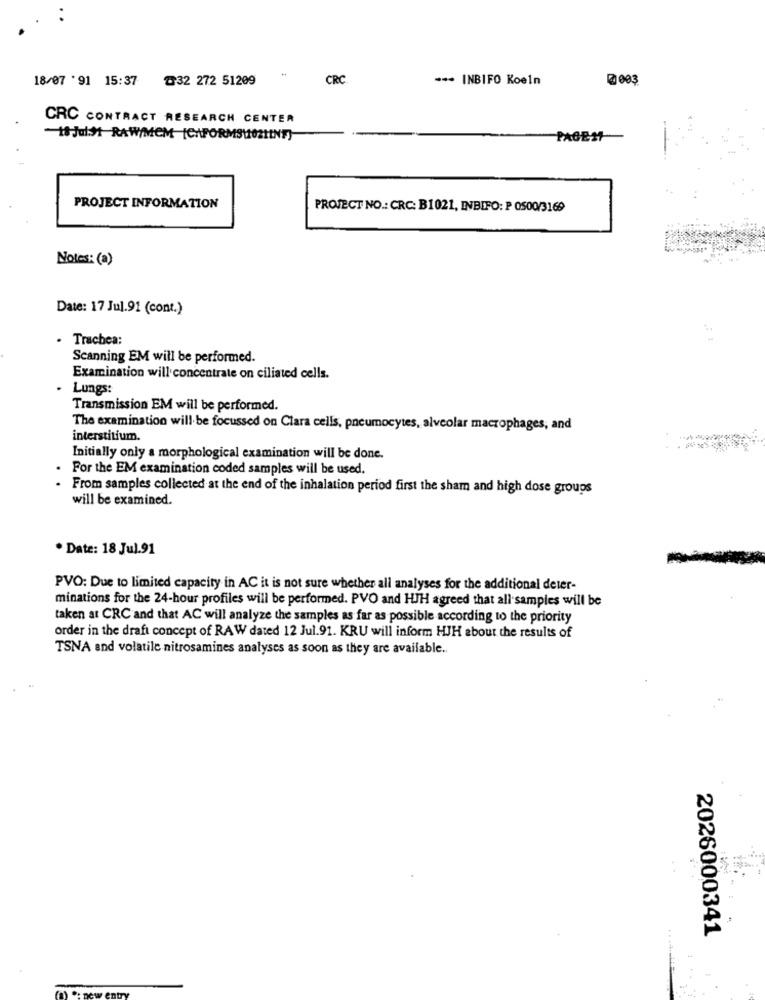
18/07 '91 15:37 ₸32 272 51209
CRC
--- INBIFO Koeln
@003
CRC CONTRACT RESEARCH CENTER
-10-Jul:31 RAWMEM (CHFORMSHOSTINF)
PAGE11
PROJECT INFORMATION
PROJECT NO .: CRC: B1021, INBIO: P 0500/3169
Notes: (a)
Date: 17 Jul.91 (cont.)
· Trachea:
Scanning EM will be performed.
Examination will concentrate on ciliated cells.
Lungs:
Transmission EM will be performed.
The examination will be focussed on Clara cells, pneumocytes, alveolar macrophages, and
interstitium.
Initially only a morphological examination will be done.
For the EM examination coded samples will be used.
. From samples collected at the end of the inhalation period first the sham and high dose groups
will be examined.
. Date: 18 Jul.91
PVO: Due to limited capacity in AC it is not sure whether all analyses for the additional deter-
minations for the 24-hour profiles will be performed. PVO and HJH agreed that all samples will be
taken at CRC and that AC will analyze the samples as far as possible according to the priority
order in the draft concept of RAW dated 12 Jul.91. KRU will inform HJH about the results of
TSNA and volatile nitrosamines analyses as soon as they are available ..
2026000341